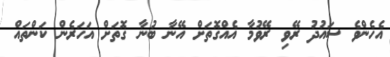
އެހެންވެ ސައުދު ރޭވި ރޭވުމާ އެއްގޮތަށް އޭނާ ބުނާ ގޮތަށް އަހަރެން ކަންތައް